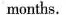
months.